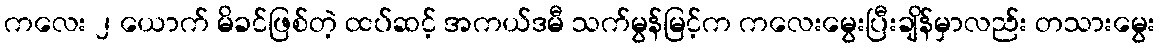
ကလေး ၂ ယောက် မိခင်ဖြစ်တဲ့ ထပ်ဆင့် အကယ်ဒမီ သက်မွန်မြင့်က ကလေးမွေးပြီးချိန်မှာလည်း တသားမွေး